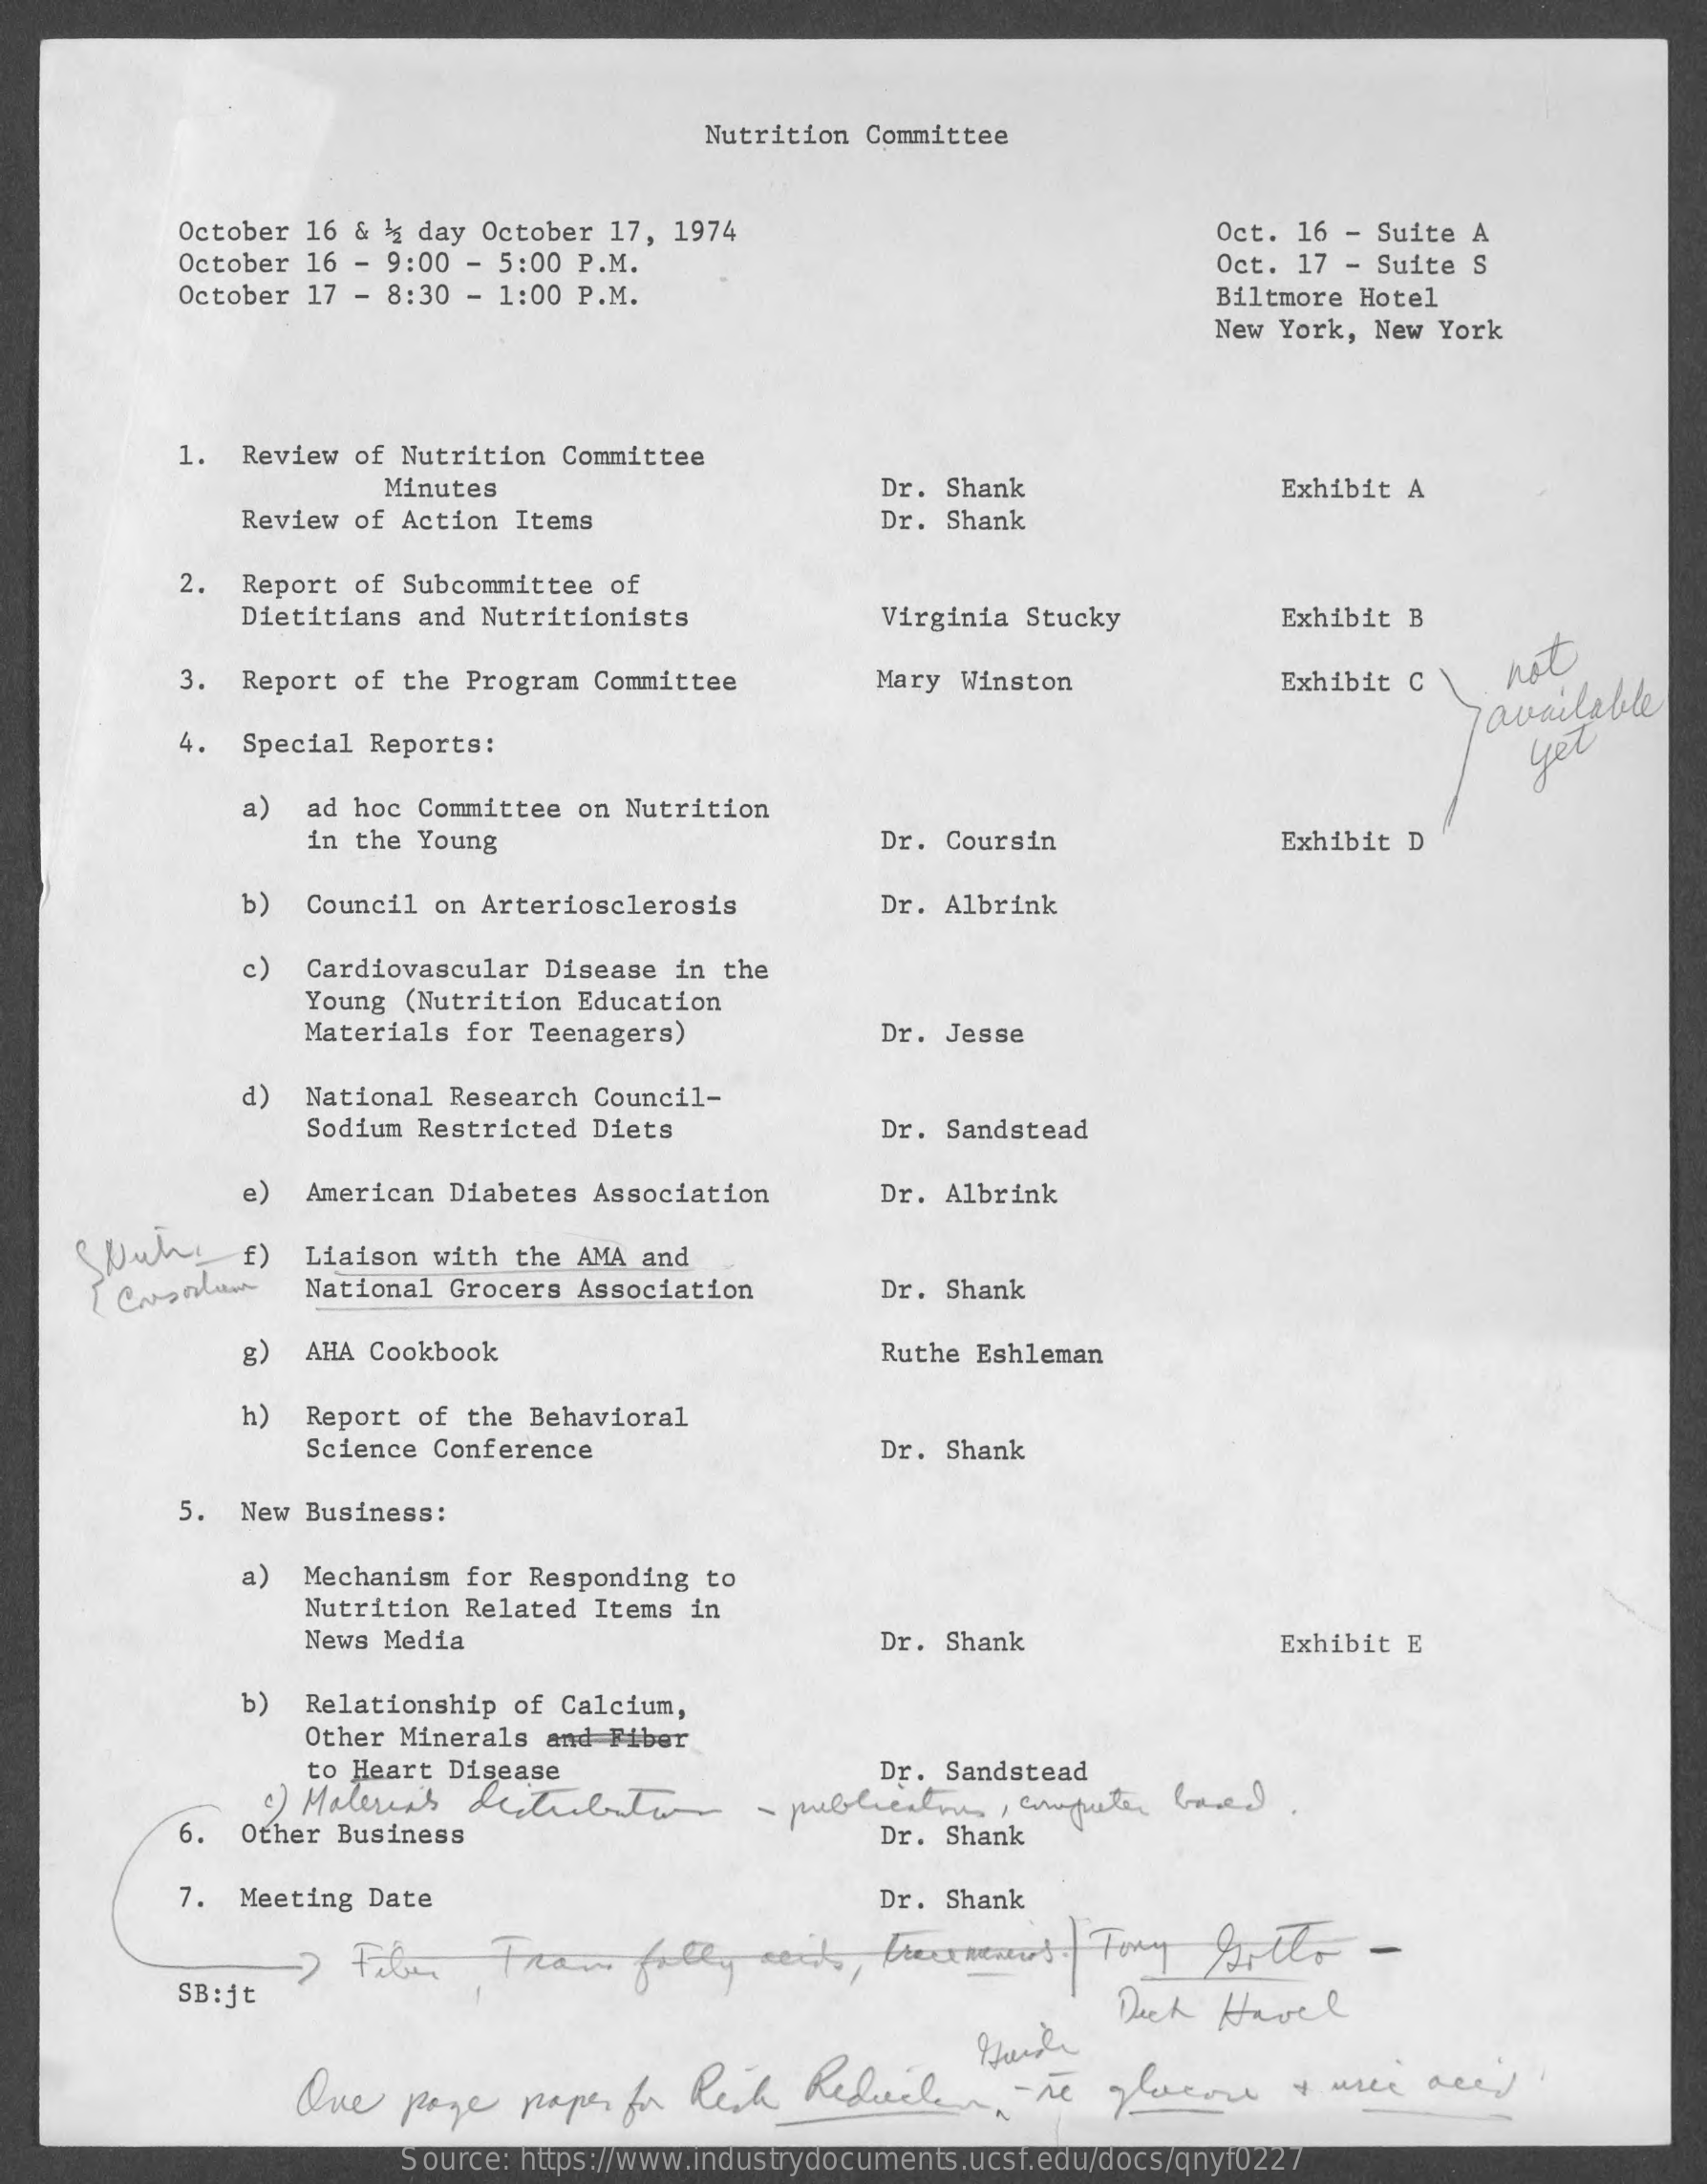
Nutrition  Committee
     October 16 & 3g day October 17, 1974    Oct. 16 - Suite A
     October 16 - 9:00  - 5:00 P.M.
     October 17 - 8:30  - 1:00 P.M.
     Oct. 17 - Suite S
     Biltmore Hotel
     New York, New York
     1.  Review of Nutrition  Committee
     Minutes    Dr. Shank    Exhibit A
     Review of Action  Items    Dr. Shank
     2.  Report of Subcommittee  of
     Dietitians and Nutritionists    Virginia Stucky    Exhibit B
     3.  Report of the Program  Committee    Mary  Winston    Exhibit C \.  net
     available
     4.  Special Reports:    yet
     a)  ad hoc Committee  on Nutrition
     in the Young    Dr. Coursin    Exhibit D
     b)  Council on Arteriosclerosis    Dr. Albrink
     c)  Cardiovascular  Disease in the
     Young (Nutrition  Education
     Materials for  Teenagers)    Dr. Jesse
     d)  National Research  Council-
     Sodium Restricted  Diets    Dr. Sandstead
     e)  American Diabetes  Association    Dr. Albrink
     £)  Liaison with  the AMA and
     I Cursolien   National Grocers  Association    Dr. Shank
     AHA Cookbook    Ruthe Eshleman
     h)  Report of the  Behavioral
     Science Conference    Dr. Shank
     5.  New Business:
     a)  Mechanism for  Responding to
     Nutrition Related  Items in
     News Media    Dr. Shank    Exhibit E
     b)  Relationship  of Calcium,
     Other Minerals  and Fiber
     to Heart Disease    Dr.  Sandstead
     1) Malerin's distribution    -  publications,  computer  based.
     6.  Other Business    Dr. Shank
     7.  Meeting Date    Dr.  Shank
     SB:jt    Dech   Havel
     One   page    paper  for Resh   Redieilen,    re   glucose    + mer   ace)
     Source: https://www.industrydocuments.ucsf.edu/docs/qnyf0227